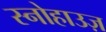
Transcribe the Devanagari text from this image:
स्नोहाउज़